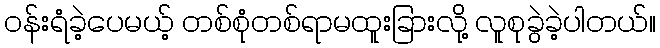
ဝန်းရံခဲ့ပေမယ့် တစ်စုံတစ်ရာမထူးခြားလို့ လူစုခွဲခဲ့ပါတယ်။